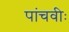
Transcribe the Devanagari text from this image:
पांचवीः